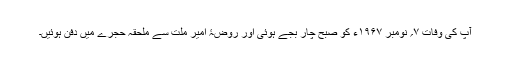
آپ کی وفات ۷؍ نومبر ۱۹۶۷ء کو صبح چار بجے ہوئی اور روضۂ امیر ملّت سے ملحقہ حجرے میں دفن ہوئیں۔